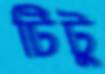
টিটু